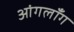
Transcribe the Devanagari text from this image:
आंगलॉँग